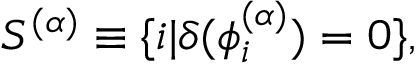
S ^ { ( \alpha ) } \equiv \{ i | \delta ( \phi _ { i } ^ { ( \alpha ) } ) = 0 \} ,